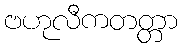
ဗဟုလီကတတ္တာ